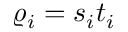
\varrho _ { i } = s _ { i } t _ { i }